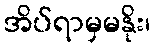
အိပ်ရာမှမနိုး၊